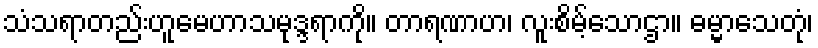
သံသရာတည်းဟူမေဟာသမုဒ္ဒရာကို။ တာရဏာဟ၊ လူးစိမ့်သောဌာ။ ဓမ္မာသေတုံ၊